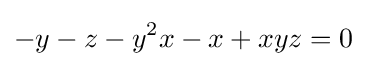
-y-z-y^{2}x-x+xyz=0